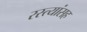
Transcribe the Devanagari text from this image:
रस्त्यांसह